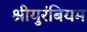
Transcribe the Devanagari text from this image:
श्रीयुरंबियम